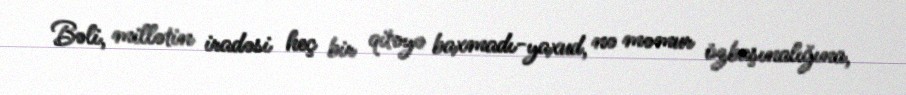
Bəli, millətin iradəsi heç bir qitəyə baxmadı-yaxud, nə məmur özbaşınalığına,